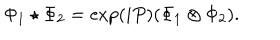
\Phi _ { 1 } \star \Phi _ { 2 } = \exp ( i P ) ( \Phi _ { 1 } \otimes \Phi _ { 2 } ) .